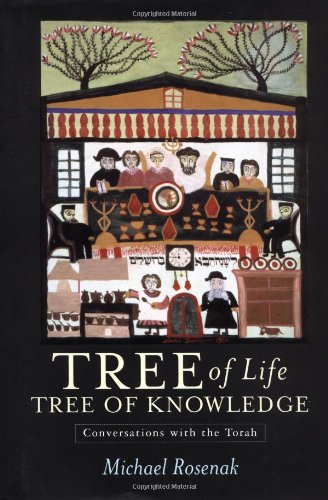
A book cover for Tree of Life, Tree of Knowledge: Conversations with the Torah; Michael Rosenak; Health, Fitness & Dieting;